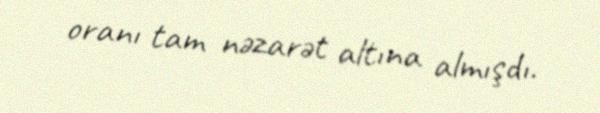
oranı tam nəzarət altına almışdı.